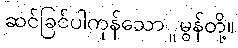
ဆင်ခြင်ပါကုန်သောူမွန်တို့။